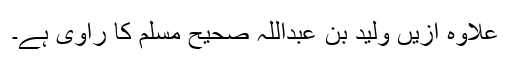
علاوہ ازیں ولید بن عبداللہ صحیح مسلم کا راوی ہے۔